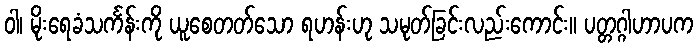
ဝါ၊ မိုးရေခံသင်္ကန်းကို ယူစေတတ်သော ရဟန်းဟု သမုတ်ခြင်းလည်းကောင်း။ ပတ္တဂ္ဂါဟာပက